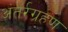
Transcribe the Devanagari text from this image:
अंतर्रग्रहण